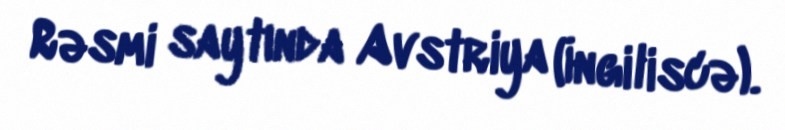
Rəsmi saytında Avstriya (İngiliscə).